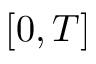
[ 0 , T ]